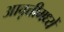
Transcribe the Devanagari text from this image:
आवृत्तीमध्यें